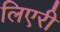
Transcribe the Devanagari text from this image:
लिएरी